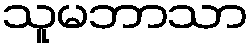
သူမဘာသာ